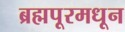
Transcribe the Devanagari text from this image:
ब्रह्मपूरमधून